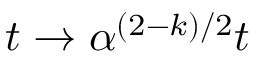
t \to \alpha ^ { ( 2 - k ) / 2 } t